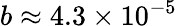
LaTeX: b\approx 4.3\times 10^{-5}